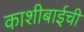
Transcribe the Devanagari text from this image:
काशीबाईची